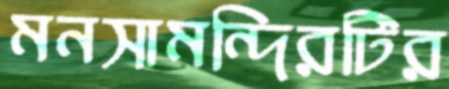
মনসামন্দিরটির